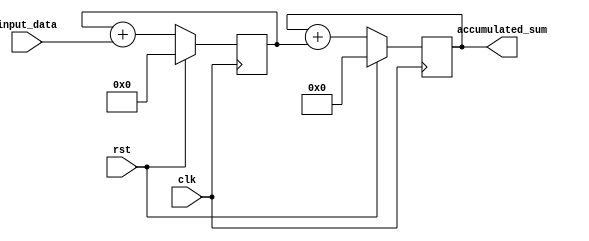
module cascaded_accumulator(
    input wire clk,
    input wire rst,
    input wire [7:0] input_data,
    output reg [15:0] accumulated_sum
);

reg [7:0] temp_sum;

always @ (posedge clk) begin
    if (rst) begin
        temp_sum <= 8'b0;
        accumulated_sum <= 16'b0;
    end else begin
        temp_sum <= temp_sum + input_data;
        accumulated_sum <= accumulated_sum + temp_sum;
    end
end

endmodule